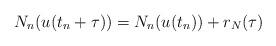
LaTeX: \begin{align*} N_n (u(t_n+\tau))=N_n (u(t_n)) +r_{N}(\tau)\end{align*}